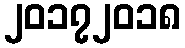
၂၀၁၇၂၀၁၈